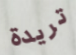
تريدة